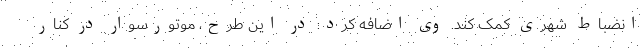
انضباط شهری کمک کند. وی اضافه کرد: در این طرح، موتورسوار در کنار